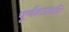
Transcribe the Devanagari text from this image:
पूर्णताप्राप्ति